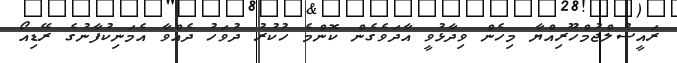
ރައީސުލްޖުމްހޫރިއްޔާ މިހެން ވިދާޅުވީ އާދަވެގެން ކޮންމެ ހުކުރު ދުވަހު ދެއްވާ އެމަނިކުފާނުގެ ރޭޑިއޯ